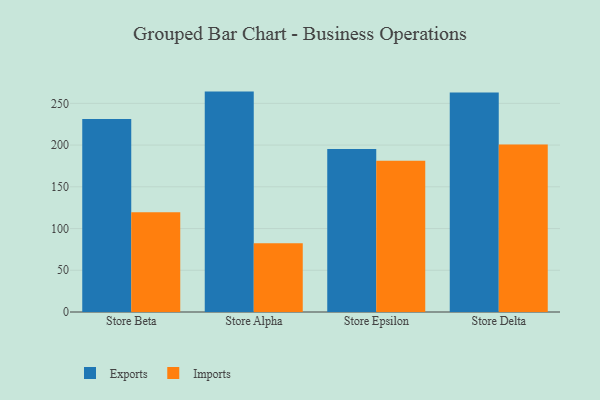
{"axis": {"x": "Store", "y": "Inventory Turnover"}, "legend": ["Exports", "Imports"], "data": [{"x": "Store Beta", "y": 231.2, "type": "Exports"}, {"x": "Store Beta", "y": 119.6, "type": "Imports"}, {"x": "Store Alpha", "y": 264.1, "type": "Exports"}, {"x": "Store Alpha", "y": 82.5, "type": "Imports"}, {"x": "Store Epsilon", "y": 195.3, "type": "Exports"}, {"x": "Store Epsilon", "y": 181.1, "type": "Imports"}, {"x": "Store Delta", "y": 263.0, "type": "Exports"}, {"x": "Store Delta", "y": 200.7, "type": "Imports"}]}